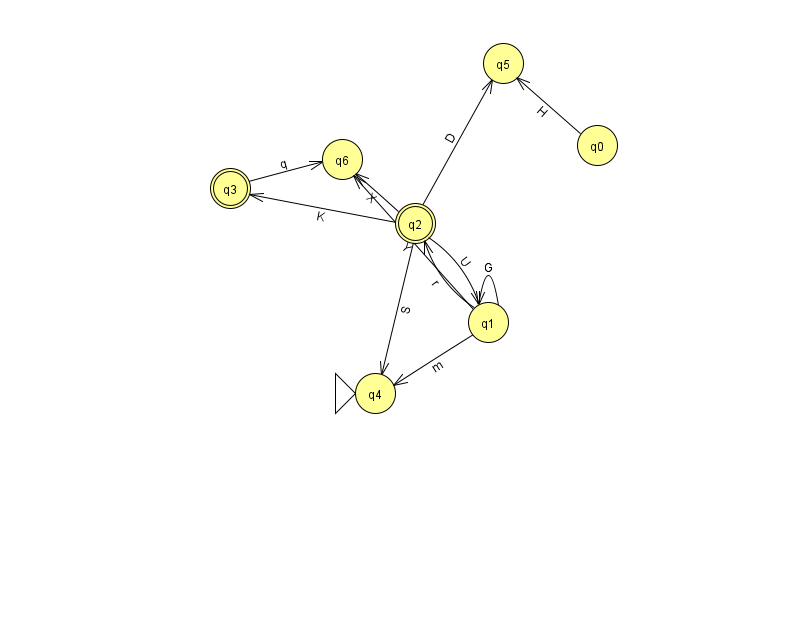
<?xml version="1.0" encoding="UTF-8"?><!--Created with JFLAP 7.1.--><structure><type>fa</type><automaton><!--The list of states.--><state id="0" name="q0"><x>597.0</x><y>132.0</y></state><state id="1" name="q1"><x>488.0</x><y>309.0</y></state><state id="2" name="q2"><x>415.0</x><y>210.0</y><final/></state><state id="3" name="q3"><x>230.0</x><y>175.0</y><final/></state><state id="4" name="q4"><x>375.0</x><y>380.0</y><initial/></state><state id="5" name="q5"><x>503.0</x><y>50.0</y></state><state id="6" name="q6"><x>342.0</x><y>146.0</y></state><!--The list of transitions.--><transition><from>1</from><to>6</to><read>Y</read></transition><transition><from>0</from><to>5</to><read>H</read></transition><transition><from>2</from><to>3</to><read>K</read></transition><transition><from>1</from><to>1</to><read>G</read></transition><transition><from>2</from><to>5</to><read>D</read></transition><transition><from>1</from><to>4</to><read>m</read></transition><transition><from>2</from><to>4</to><read>S</read></transition><transition><from>3</from><to>6</to><read>q</read></transition><transition><from>2</from><to>1</to><read>U</read></transition><transition><from>1</from><to>2</to><read>r</read></transition><transition><from>2</from><to>6</to><read>X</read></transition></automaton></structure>